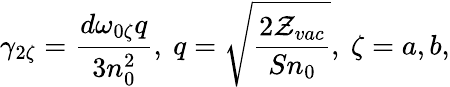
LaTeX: {\gamma_{2\zeta}}=\frac{d\omega_{0\zeta}q}{3n_{0}^{2}},~q=\sqrt{\frac{2{\cal Z}_{vac}}{Sn_{0}}},~\zeta=a,b,